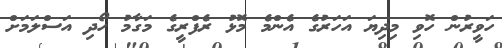
ހަވީރުން ހޮވި މިދިޔަ އަހަރުގެ އެންމެ މޮޅު ރެފްރީގެ މަގާމު ހޯދި އަސްލަމަށް